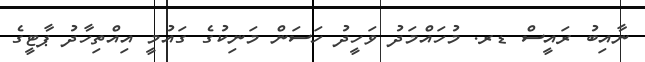
ނާއިބު ރައީސް ޑރ. މުހައްމަދު ވަހީދު ހަސަން މަނިކުގެ ގައުމީ އިއްތިހާދު ޕާޓީގެ